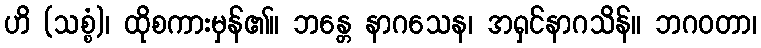
ဟိ (သစ္စံ)၊ ထိုစကားမှန်၏။ ဘန္တေ နာဂသေန၊ အရှင်နာဂသိန်။ ဘဂဝတာ၊